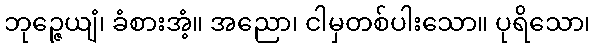
ဘုဉ္ဇေယျံ၊ ခံစားအံ့။ အညော၊ ငါမှတစ်ပါးသော။ ပုရိသော၊